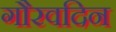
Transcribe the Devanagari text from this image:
गौरवदिन